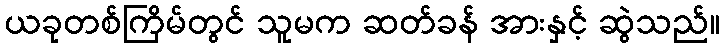
ယခုတစ်ကြိမ်တွင် သူမက ဆတ်ခန် အားနှင့် ဆွဲသည်။